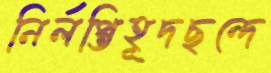
নির্লপ্তিহূদছন্দে